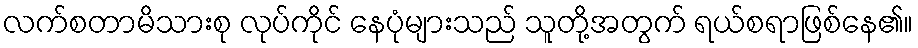
လက်စတာမိသားစု လုပ်ကိုင် နေပုံများသည် သူတို့အတွက် ရယ်စရာဖြစ်နေ၏။